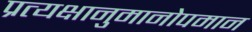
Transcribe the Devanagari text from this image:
प्रत्यक्षानुमानोपमान